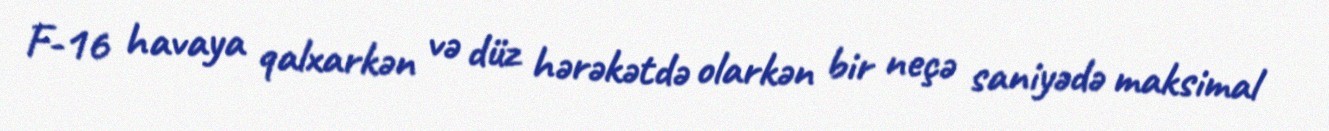
F-16 havaya qalxarkən və düz hərəkətdə olarkən bir neçə saniyədə maksimal